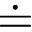
\doteq